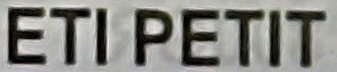
ETI PETIT